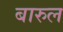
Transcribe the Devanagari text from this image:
बारुल